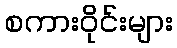
စကားဝိုင်းများ